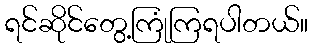
ရင်ဆိုင်တွေ့ကြုံကြရပါတယ်။